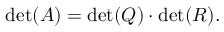
\operatorname* { d e t } ( A ) = \operatorname* { d e t } ( Q ) \cdot \operatorname* { d e t } ( R ) .